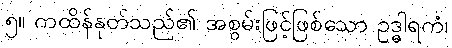
၅။ ကထိန်နုတ်သည်၏ အစွမ်းဖြင့်ဖြစ်သော ဥဒ္ဓါရကံ၊